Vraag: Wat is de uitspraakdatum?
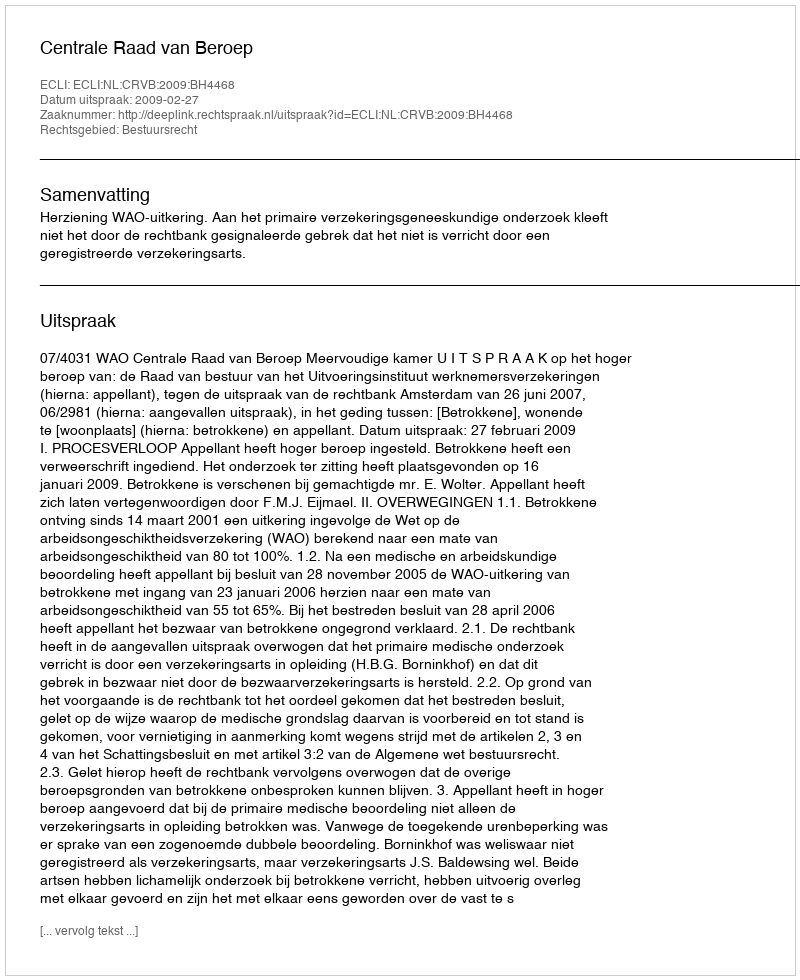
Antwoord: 2009-02-27